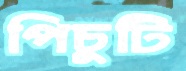
পিচুটি